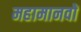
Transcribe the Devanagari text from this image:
महामानवों